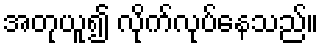
အတုယူ၍ လိုက်လုပ်နေသည်။